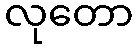
လုတော